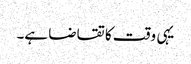
یہی وقت کا تقاضا ہے۔